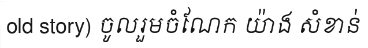
old story) ចូលរួមចំណែក យ៉ាង សំខាន់